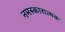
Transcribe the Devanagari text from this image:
नमस्कारात्मक